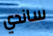
ساندي